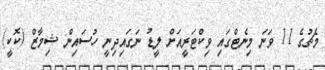
މެޗުގެ 11 ވަނަ މިނެޓްގައި ވިކްޓަރީއަށް ލީޑު ނަގައިދިނީ ހުސައިން ޝިމާޒް (ކޮކީ)